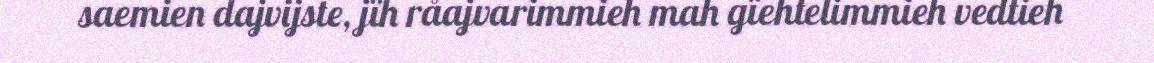
saemien dajvijste, jïh råajvarimmieh mah gïehtelimmieh vedtieh